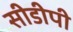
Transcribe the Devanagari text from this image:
सीडीपी